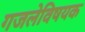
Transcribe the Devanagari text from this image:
गजलेविषयक